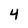
Character: 4